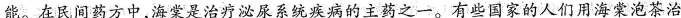
能。在民间药方中，海棠是治疗泌尿系统疾病的主药之一。有些国家的人们用海棠泡茶治